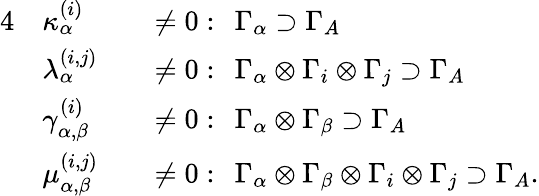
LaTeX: \begin{array}{rlrl}{{4}}&{\kappa_{\alpha}^{(i)}}&&{\neq 0:\; \, \Gamma_{\alpha}\supset\Gamma_{A}}\\ &{\lambda_{\alpha}^{(i,j)}}&&{\neq 0:\; \, \Gamma_{\alpha}\otimes\Gamma_{i}\otimes\Gamma_{j}\supset\Gamma_{A}}\\ &{\gamma_{\alpha,\beta}^{(i)}}&&{\neq 0:\; \, \Gamma_{\alpha}\otimes\Gamma_{\beta}\supset\Gamma_{A}}\\ &{\mu_{\alpha,\beta}^{(i,j)}}&&{\neq 0:\; \, \Gamma_{\alpha}\otimes\Gamma_{\beta}\otimes\Gamma_{i}\otimes\Gamma_{j}\supset\Gamma_{A}.}\end{array}